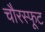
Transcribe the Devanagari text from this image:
चौरस्फूट